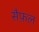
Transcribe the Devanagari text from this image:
सैफ़ल